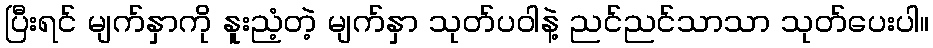
ပြီးရင် မျက်နှာကို နူးညံ့တဲ့ မျက်နှာ သုတ်ပဝါနဲ့ ညင်ညင်သာသာ သုတ်ပေးပါ။